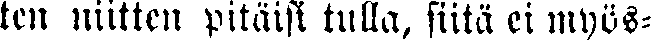
ten niitten pitäisi tulla, siitä ei myös-